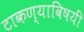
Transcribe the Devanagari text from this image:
टाकण्याविषयीं